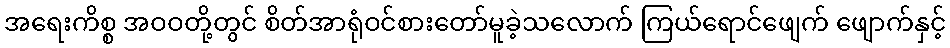
အရေးကိစ္စ အဝဝတို့တွင် စိတ်အာရုံဝင်စားတော်မူခဲ့သလောက် ကြယ်ရောင်ဖျေက် ဖျောက်နှင့်